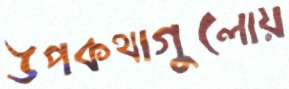
উপকথাগুলোয়